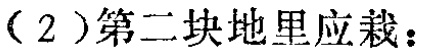
（2）第二块地里应栽：